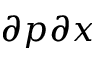
\partial p \partial x